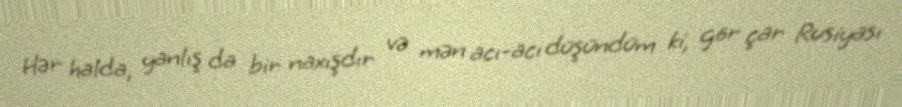
Hər halda, yanlış da bir naxışdır və mən acı-acı düşündüm ki, gör çar Rusiyası